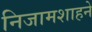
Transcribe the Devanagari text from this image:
निजामशाहने